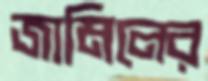
জামিলের